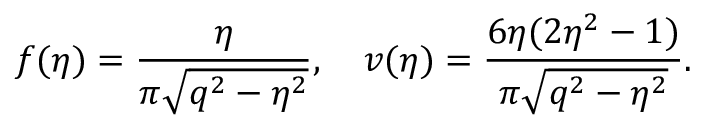
f ( \eta ) = \frac { \eta } { \pi \sqrt { q ^ { 2 } - \eta ^ { 2 } } } , \quad v ( \eta ) = \frac { 6 \eta ( 2 \eta ^ { 2 } - 1 ) } { \pi \sqrt { q ^ { 2 } - \eta ^ { 2 } } } .